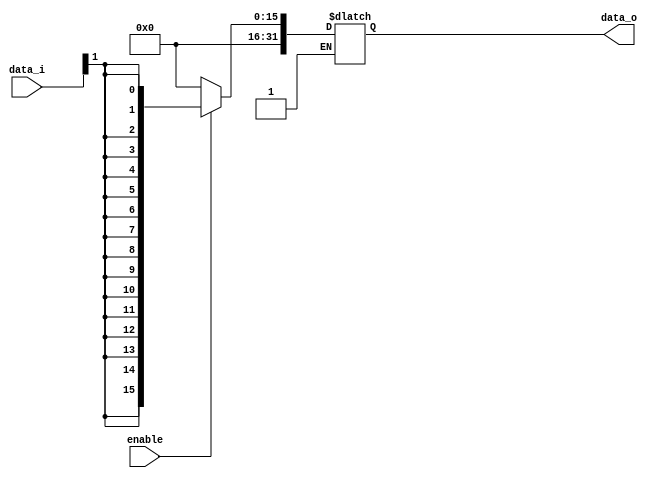
module Sign_Extend(
    data_i,
    enable,
    data_o
    );
               
parameter size = 0;
//I/O ports
input   [size-1:0] data_i;
input            enable;
output  [32-1:0] data_o;

//Internal Signals
reg     [32-1:0] data_o;

//Sign extended
always @(*)begin
    if(enable)begin
        data_o[size-1:0] = data_i;
        data_o[31:size] = {16{data_i[size-1]}};
    end
    else if(!enable)begin
        data_o[size-1:0] = data_i;
        data_o[31:size] = 16'd0;
    end
end
          
endmodule